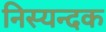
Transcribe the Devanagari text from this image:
निस्यन्दक